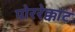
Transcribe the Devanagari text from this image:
पोररेक्काट